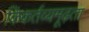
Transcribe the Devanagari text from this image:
किंकर्तव्यमूढ़ता